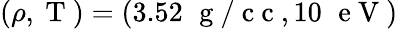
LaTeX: (\rho,\mathrm{~T~})=(3.52\, \, \mathrm{~g~/~c~c~},10\, \, \mathrm{~e~V~})